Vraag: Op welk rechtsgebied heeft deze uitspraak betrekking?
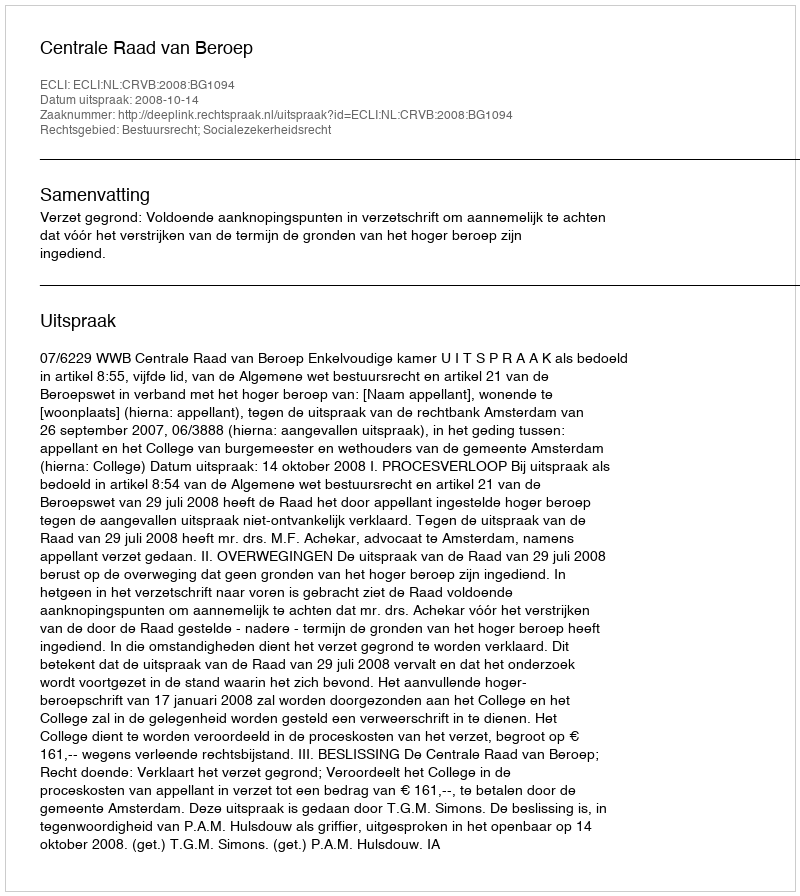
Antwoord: Bestuursrecht; Socialezekerheidsrecht